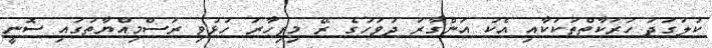
ކުލަގަދަ ހަރަކާތްތަކަކާއި އެކު އަންގާރަ ދުވަހުގެ ރޭ މިފިހާރަ ހުޅުވި ރަސްމިއްޔާތުގައި ސޮނީ